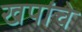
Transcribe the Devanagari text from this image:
खपांचे